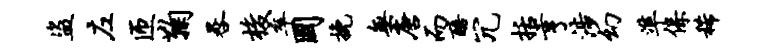
盗左匝鞠晷梭卒国挽无唐而醅冗括亨涉幻准保稀